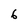
Character: 6